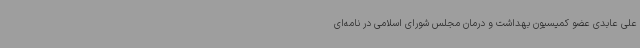
علی عابدی عضو کمیسیون بهداشت و درمان مجلس شورای اسلامی در نامه‌ای